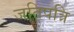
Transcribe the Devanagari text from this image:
जतिपत्रि